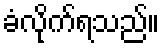
ခံလိုက်ရသည်။